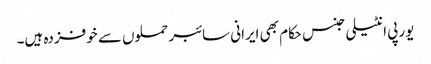
یورپی انٹیلی جنس حکام بھی ایرانی سائبر حملوں سے خوفزدہ ہیں۔